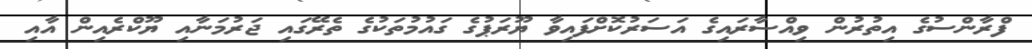
ފްރާންސުގެ އިތުރުން ވިއްސާރައިގެ އަސަރުކޮށްފައިވާ ޔޫރަޕުގެ ގައުުމުތަކުގެ ތެރޭގައި ޖަރުމަނާއި ޔޫކްރެއިން އާއި